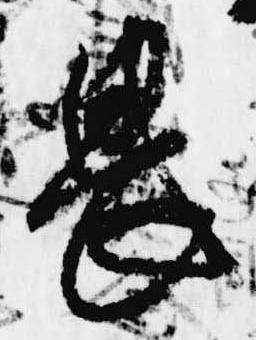
畏